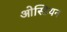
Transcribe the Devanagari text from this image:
ओस्टियन